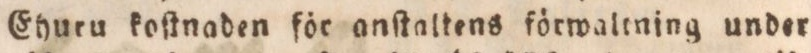
Ehuru koſtnaden för anſtaltens förwaltning under